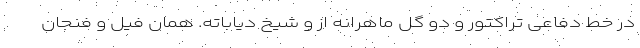
در خط دفاعی تراکتور و دو گل ماهرانه از و شیخ دیاباته. همان فیل و فنجان